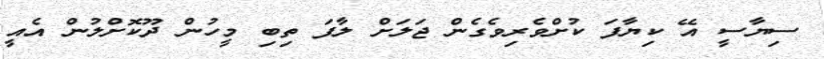
ސިޔާސީ އޭ ކިޔާފަ ކުށްވެރިވެގެން ޖަލަށް ލާފަ ތިބި މީހުން ދޫކޮށްލުން އެއީ